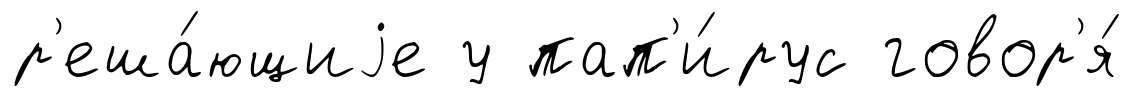
р'еша́ющиjе у пап'и́рус говор'я́